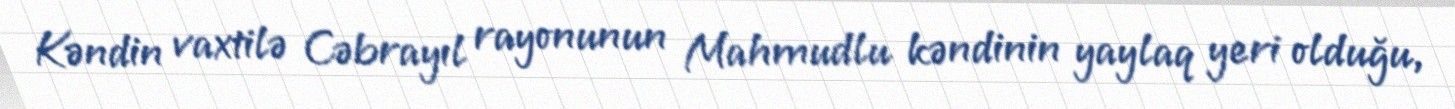
Kəndin vaxtilə Cəbrayıl rayonunun Mahmudlu kəndinin yaylaq yeri olduğu,